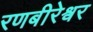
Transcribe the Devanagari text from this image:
रणबीरेश्वर